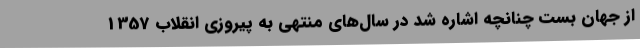
از جهان بست چنانچه اشاره شد در سال‌های منتهی به پیروزی انقلاب 1357